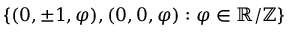
\{ ( 0 , \pm 1 , \varphi ) , ( 0 , 0 , \varphi ) : \varphi \in \mathbb { R } / \mathbb { Z } \}